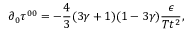
\partial _ { 0 } \tau ^ { 0 0 } = - \frac { 4 } { 3 } ( 3 \gamma + 1 ) ( 1 - 3 \gamma ) \frac { \epsilon } { T t ^ { 2 } } ,